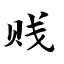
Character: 贱